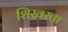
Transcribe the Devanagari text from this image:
शिखरता